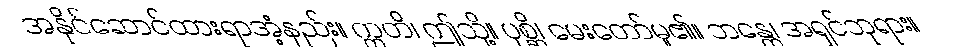
အနိုင်ဆောင်ထားရာအံ့နည်း။ ဣတိ၊ ဤသို့။ ပုစ္ဆိ၊ မေးတော်မူ၏။ ဘန္တေ၊ အရှင်ဘုရား။